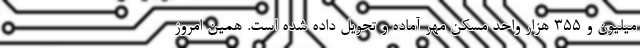
میلیون و ۳۵۵ هزار واحد مسکن مهر آماده و تحویل داده شده است. همین امروز